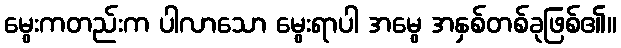
မွေးကတည်းက ပါလာသော မွေးရာပါ အမွေ အနှစ်တစ်ခုဖြစ်၏။